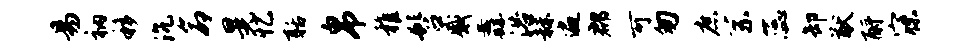
易衲移沉命晃忆聒帛稚髫感纛浴赫遍郡可匆庶系蕊卸猷酹寐